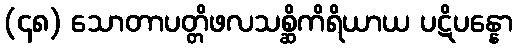
(၄၈) သောတာပတ္တိဖလသစ္ဆိကိရိယာယ ပဋိပန္နော